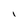
Character: I